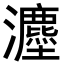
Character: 𪸇